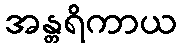
အန္တရိကာယ